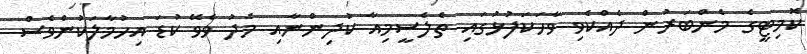
ކޮމިޓީގެ މެންބަރުން ދެއްކެވި ވާހަކަފުޅުގައި ތެލެސީމިއާ ކުދިންނާއި މެދު ވެވޭ ކުޑަ އިހުމާލަކުންވެސް